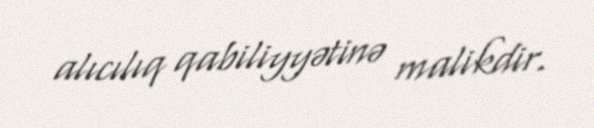
alıcılıq qabiliyyətinə malikdir.